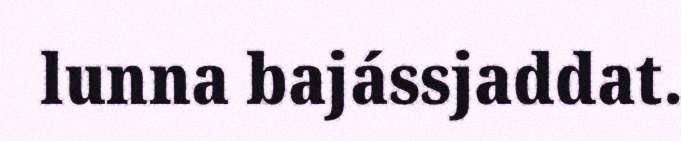
lunna bajássjaddat.